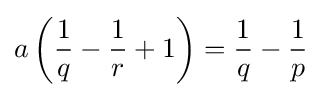
a\left({\frac {1}{q}}-{\frac {1}{r}}+1\right)={\frac {1}{q}}-{\frac {1}{p}}